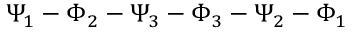
\Psi _ { 1 } - \Phi _ { 2 } - \Psi _ { 3 } - \Phi _ { 3 } - \Psi _ { 2 } - \Phi _ { 1 }